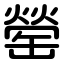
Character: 罃